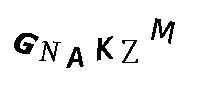
GNAKZM